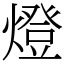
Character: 燈